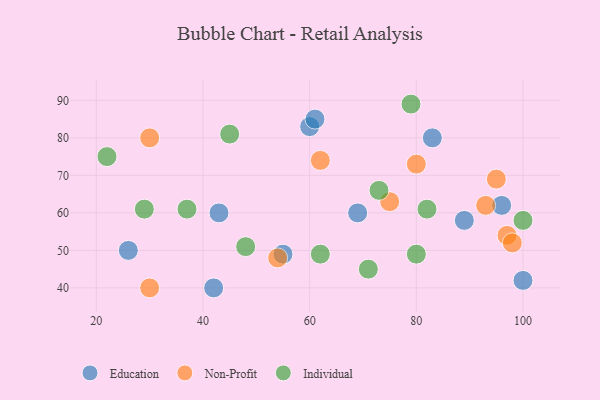
{"axis": {"x": "GDP", "y": "Life Expectancy"}, "legend": ["Education", "Individual", "Non-Profit"], "data": [{"x": "83", "y": 80, "type": "Education"}, {"x": "96", "y": 62, "type": "Education"}, {"x": "42", "y": 40, "type": "Education"}, {"x": "60", "y": 83, "type": "Education"}, {"x": "89", "y": 58, "type": "Education"}, {"x": "26", "y": 50, "type": "Education"}, {"x": "55", "y": 49, "type": "Education"}, {"x": "69", "y": 60, "type": "Education"}, {"x": "100", "y": 42, "type": "Education"}, {"x": "43", "y": 60, "type": "Education"}, {"x": "61", "y": 85, "type": "Education"}, {"x": "95", "y": 69, "type": "Non-Profit"}, {"x": "30", "y": 40, "type": "Non-Profit"}, {"x": "93", "y": 62, "type": "Non-Profit"}, {"x": "97", "y": 54, "type": "Non-Profit"}, {"x": "30", "y": 80, "type": "Non-Profit"}, {"x": "54", "y": 48, "type": "Non-Profit"}, {"x": "62", "y": 74, "type": "Non-Profit"}, {"x": "98", "y": 52, "type": "Non-Profit"}, {"x": "80", "y": 73, "type": "Non-Profit"}, {"x": "75", "y": 63, "type": "Non-Profit"}, {"x": "37", "y": 61, "type": "Individual"}, {"x": "80", "y": 49, "type": "Individual"}, {"x": "45", "y": 81, "type": "Individual"}, {"x": "29", "y": 61, "type": "Individual"}, {"x": "71", "y": 45, "type": "Individual"}, {"x": "79", "y": 89, "type": "Individual"}, {"x": "48", "y": 51, "type": "Individual"}, {"x": "82", "y": 61, "type": "Individual"}, {"x": "100", "y": 58, "type": "Individual"}, {"x": "73", "y": 66, "type": "Individual"}, {"x": "22", "y": 75, "type": "Individual"}, {"x": "62", "y": 49, "type": "Individual"}]}